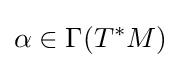
\alpha \in \Gamma (T^{*}M)